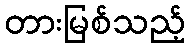
တားမြစ်သည့်